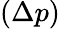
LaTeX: (\Delta p)